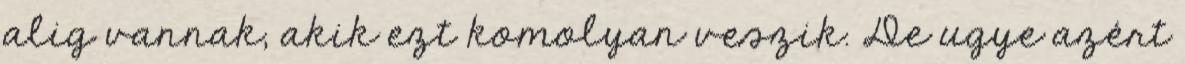
alig vannak, akik ezt komolyan veszik. De ugye azért